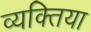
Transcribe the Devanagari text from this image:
व्यक्तिया